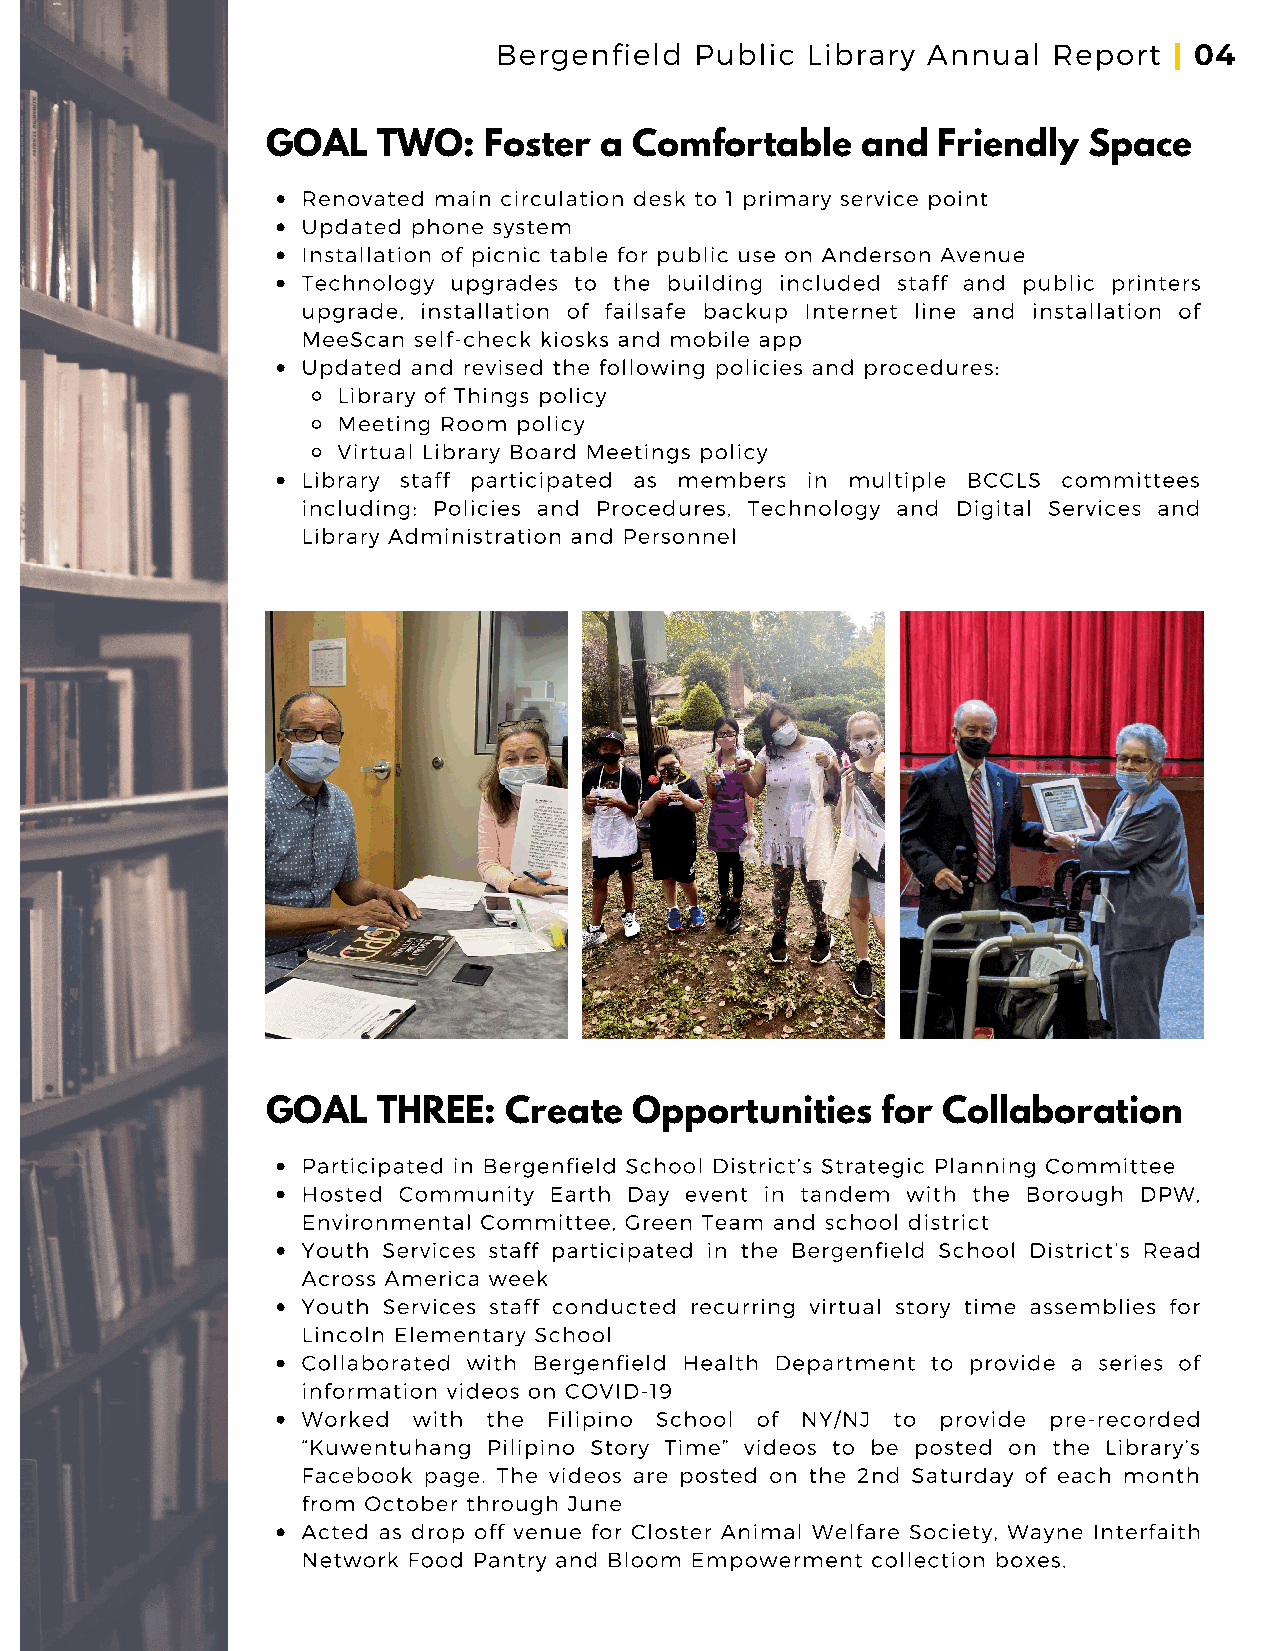
Bergenfield  Public Library Annual   Report
 | 04
 GOAL   TWO:   Foster  a Comfortable    and  Friendly  Space
 Renovated main circulation desk to 1 primary service point
 Updated phone system
 Installation of picnic table for public use on Anderson Avenue
 Technology upgrades to the building included staff and public printers
 upgrade, installation of failsafe backup Internet line and installation of
 MeeScan self-check kiosks and mobile app
 Updated and revised the following policies and procedures:
 Library of Things policy
 Meeting Room policy
 Virtual Library Board Meetings policy
 Library staff participated as members in multiple BCCLS committees
 including: Policies and Procedures, Technology and Digital Services and
 Library Administration and Personnel
 GOAL   THREE:  Create   Opportunities   for Collaboration
 Participated in Bergenfield School District’s Strategic Planning Committee
 Hosted Community Earth Day event in tandem with the Borough DPW,
 Environmental Committee, Green Team and school district
 Youth Services staff participated in the Bergenfield School District’s Read
 Across America week
 Youth Services staff conducted recurring virtual story time assemblies for
 Lincoln Elementary School
 Collaborated with Bergenfield Health Department to provide a series of
 information videos on COVID-19
 Worked with the Filipino School of NY/NJ to provide pre-recorded
 “Kuwentuhang Pilipino Story Time” videos to be posted on the Library’s
 Facebook page. The videos are posted on the 2nd Saturday of each month
 from October through June
 Acted as drop off venue for Closter Animal Welfare Society, Wayne Interfaith
 Network Food Pantry and Bloom Empowerment collection boxes.